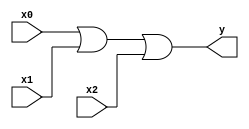
module or_i3(y, x0, x1, x2);
	output y;
	input x0, x1, x2;
		
	assign y = x0 | x1 | x2;
endmodule

module or_i2(y, x0, x1);
    output y;
    input x0, x1;
    
    assign y = x0 | x1;
endmodule